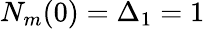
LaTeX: N_{m}(0)=\Delta_{1}=1